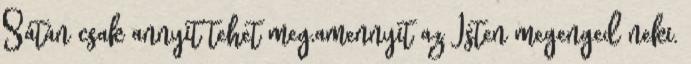
Sátán csak annyit tehet meg,amennyit az Isten megenged neki.